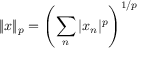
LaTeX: \| x \| _ { p } = \left( \sum _ { n } | x _ { n } | ^ { p } \right) ^ { 1 / p }